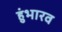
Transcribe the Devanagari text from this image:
हुंभारव